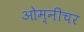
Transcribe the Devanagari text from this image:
ओम्नीचर